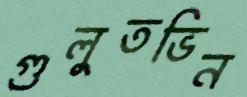
গুলুতভিন